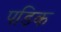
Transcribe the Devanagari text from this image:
पडिक